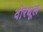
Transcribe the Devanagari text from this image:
वीरधूल